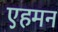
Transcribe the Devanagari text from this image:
एहमन